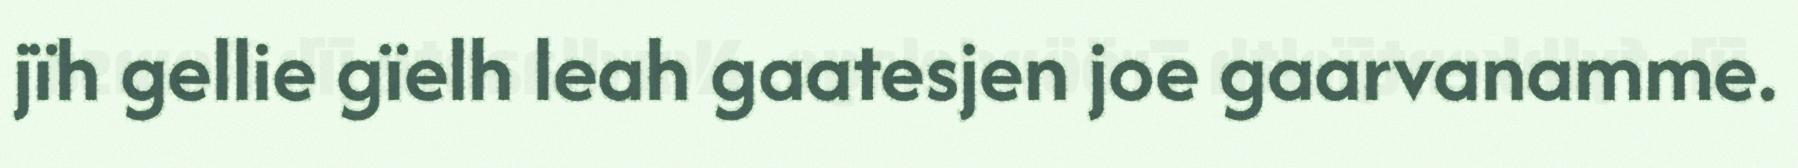
jïh gellie gïelh leah gaatesjen joe gaarvanamme.